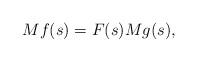
LaTeX: \begin{align*}Mf(s) = F(s) Mg(s),\end{align*}